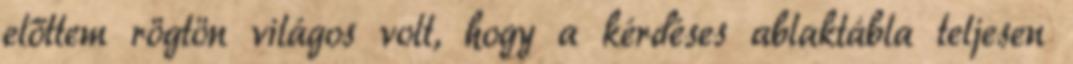
előttem rögtön világos volt, hogy a kérdéses ablaktábla teljesen